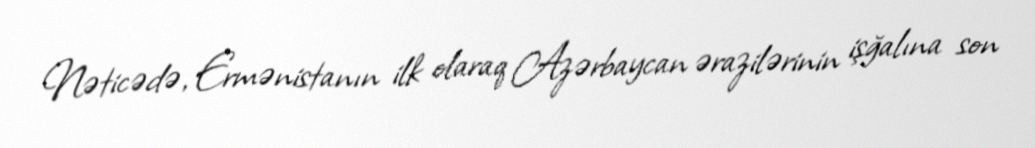
Nəticədə, Ermənistanın ilk olaraq Azərbaycan ərazilərinin işğalına son